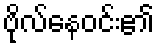
ဗိုလ်နေဝင်း၏